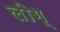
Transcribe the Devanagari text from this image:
लीग्